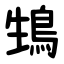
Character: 䲼